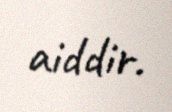
aiddir.